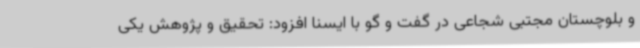
و بلوچستان مجتبی شجاعی در گفت و گو با ایسنا افزود: تحقیق و پژوهش یکی